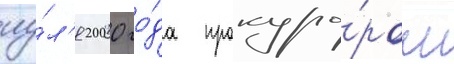
иу́л'я 2000 го́да прокуро́ром